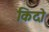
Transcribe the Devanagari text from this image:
किदो